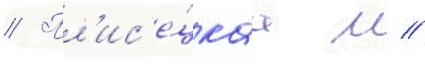
// Пл'ис'е́цкаа м //